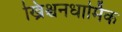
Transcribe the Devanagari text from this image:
ख्रिश्चनधार्मिक